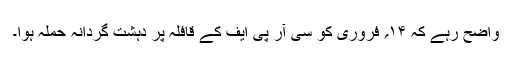
واضح رہے کہ ۱۴؍ فروری کو سی آر پی ایف کے قافلہ پر دہشت گردانہ حملہ ہوا۔